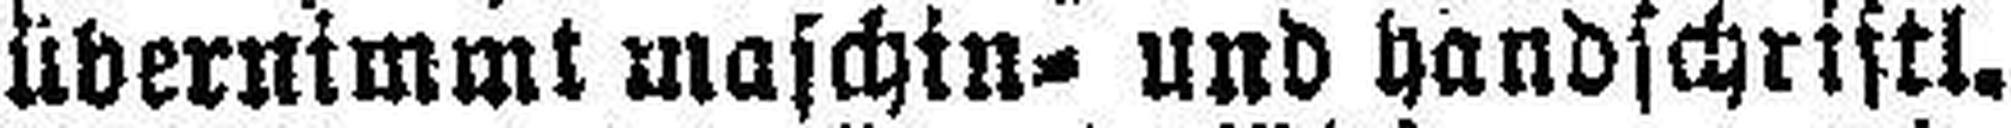
übernimmt maschin= und handschriftl.